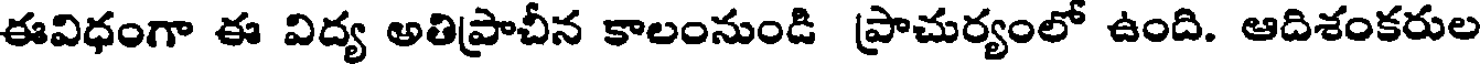
ఈవిధంగా ఈ విద్య అతిప్రాచీన కాలంనుండి ప్రాచుర్యంలో ఉంది. ఆదిశంకరుల